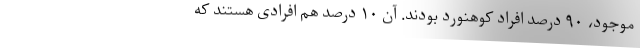
موجود، ۹۰ درصد افراد کوهنورد بودند. آن ۱۰ درصد هم افرادی هستند که